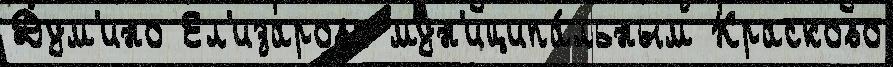
Дум'ино Ел'изарово мун'иципа́льным Красково